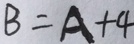
B = A + 4